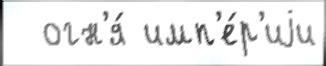
  огн'я́ имп'е́р'иjи